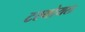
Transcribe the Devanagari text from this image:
टरमोयल